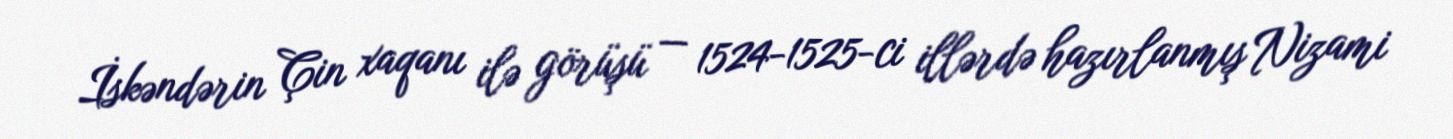
İskəndərin Çin xaqanı ilə görüşü — 1524-1525-ci illərdə hazırlanmış Nizami